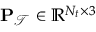
\mathbf { P } _ { \mathcal { T } } \in \mathbb { R } ^ { N _ { t } \times 3 }